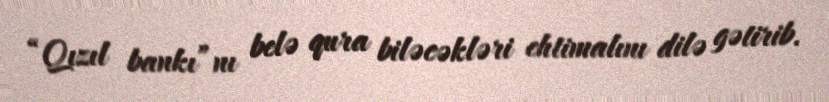
“Qızıl bankı”nı belə qura biləcəkləri ehtimalını dilə gətirib.